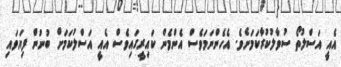
އެއީ އަސްލުތޯ ސުވާލުކުރާކަމަށެވެ. އެހެންނަމަވެސް އެންމެން ކައިރީގައިވެސް އެއީ އަސްލުކަމަށް ބުނުން ފިޔަވައި